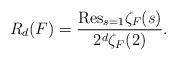
LaTeX: \begin{align*}R_d(F)=\frac{\textrm{Res}_{s=1}\zeta_F(s)}{2^d\zeta_F(2)}.\end{align*}